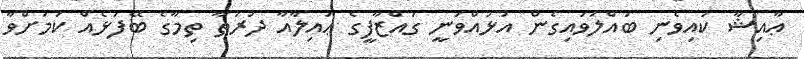
ޢާއިޝާ ކައިވެނި ބައްލަވައިގެން އުޅުއްވަނީ ގައްޒާފީގެ ޢައިލާއާ ދުރުތާ ތިމާގެ ބޭފުޅެއް ކަމަށްވާ